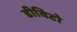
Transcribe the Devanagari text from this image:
डीविटो